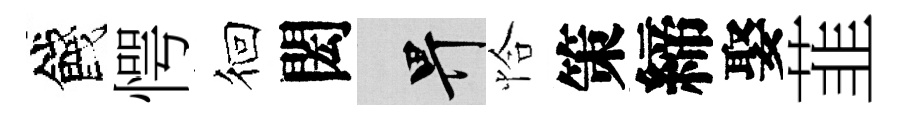
餞愕徊閎畀恰策締娶韮